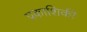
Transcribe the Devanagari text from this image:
प्रकाशिकी